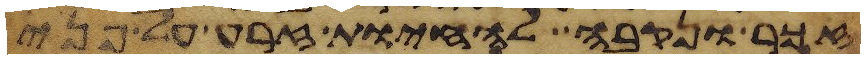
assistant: זכר ונקבה להחיות זרע על פני